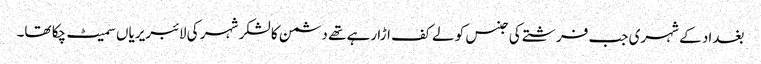
بغداد کے شہری جب فرشتے کی جنس کو لے کف اڑا رہے تھے دشمن کا لشکر شہر کی لائبریریاں سمیٹ چکا تھا۔